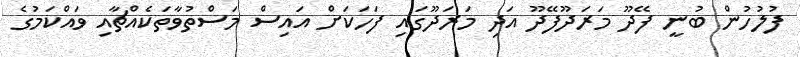
ފުލުހުން ބުނީ ފޭދޫ މަރަދޫފޭދޫ އަދި މަރަދޫގައި ފަހަކަށް އައިސް މަސްތުވާތަކެއްޗާއި ވައްކަމުގެ